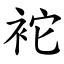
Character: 袉